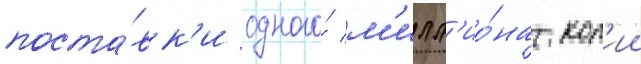
поста́вк'и одного́ м'илл'ио́на коп'ии